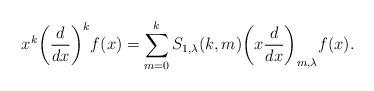
LaTeX: \begin{align*}x^{k}\bigg(\frac{d}{dx}\bigg)^{k}f(x)=\sum_{m=0}^{k}S_{1,\lambda}(k,m)\bigg(x\frac{d}{dx}\bigg)_{m,\lambda}f(x).\end{align*}